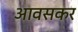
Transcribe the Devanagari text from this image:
आवसकर